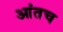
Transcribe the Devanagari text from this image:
आंतच